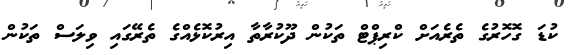
ކުޑަ ގޮހޮރުގެ ތެރެއަށް ކްރިޕްޓް ތަކުން ދޫކުރާތާ އިރުކޮޅެއްގެ ތެރޭގައި ވިލަސް ތަކުން